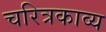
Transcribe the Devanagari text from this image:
चरित्रकाव्य